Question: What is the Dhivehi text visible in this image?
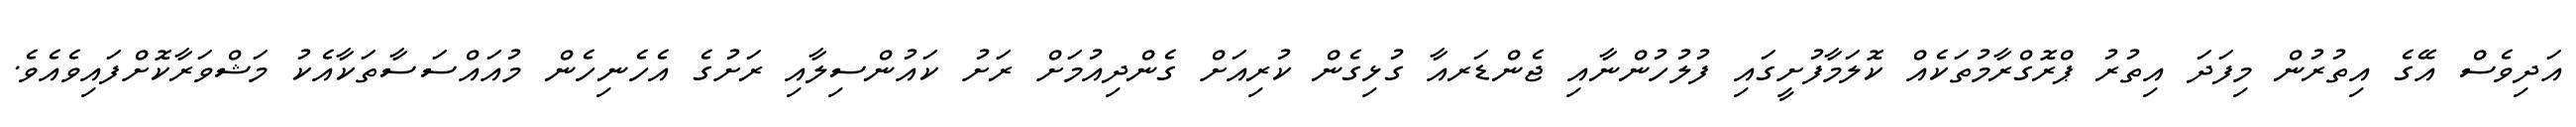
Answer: އަދިވެސް އޭގެ އިތުރުން މިފަދަ އިތުރު ޕްރޮގްރާމުތަކެއް ކޮލަމާފުށީގައި ފުލުހުންނާއި ޖެންޑަރއާ ގުޅިގެން ކުރިއަށް ގެންދިއުމަށް ރަށު ކައުންސިލާއި ރަށުގެ އެހެނިހެން މުއައްސަސާތަކާއެކު މަޝްވަރާކޮށްފައިވެއެވެ.